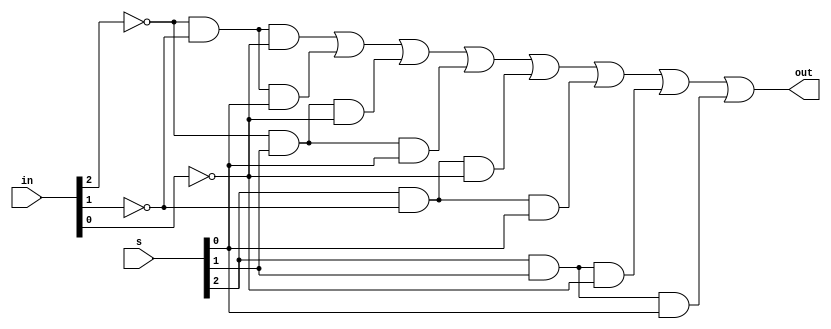
//Justin Liang
//ECE 154A
//Homework 1, Problem 2a

module mux_8_1_structural(in, out, s);
  output out;
  input [7:0] in;
  input [2:0] s;
  
  //Created the inverse of input by notting them
  wire not2, not1, not0;  
  not(not2, in[2]);
  not(not1, in[1]);
  not(not0, in[0]);
  
  //Implemented the boolean equation for a multiplexer
  wire a, b, c, d, e, f, g, h;
  and(a, not2, not1, not0);
  and(b, not2, not1, s[0]);
  and(c, not2, s[1], not0);
  and(d, not2, s[1], s[0]);
  and(e, s[2], not1, not0);
  and(f, s[2], not1, s[0]);
  and(g, s[2], s[1], not0);
  and(h, s[2], s[1], s[0]);
  or(out, a, b, c, d, e, f, g, h);

endmodule